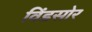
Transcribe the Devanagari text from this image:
विंडसोर